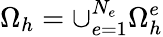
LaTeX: \Omega_{h}=\cup_{e=1}^{N_{e}}\Omega_{h}^{e}